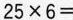
$$2 5 × 6 =$$